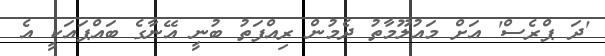
'ދަ ޕްރެސް' އަށް މައުލޫމާތު ދެމުން ރިއްފަތު ބުނީ އޭނާގެ ބައްޕައަކީ އެ